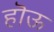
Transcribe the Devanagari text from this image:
हॊऊ